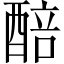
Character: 醅